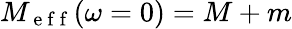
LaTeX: M_{\mathrm{~e~f~f~}}(\omega=0)=M+m